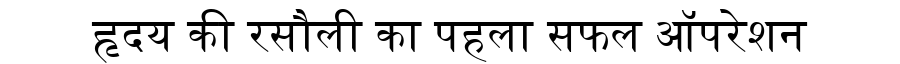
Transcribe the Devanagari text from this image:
हृदय की रसौली का पहला सफल ऑपरेशन